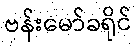
ဗန်းမော်ခရိုင်